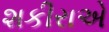
શકીરાએ